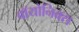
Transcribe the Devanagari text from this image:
बॉयोनिक्स